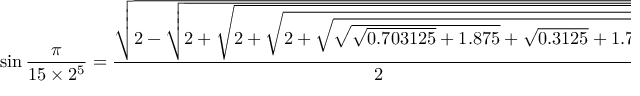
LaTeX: \sin { \frac { \pi } { 1 5 \times 2 ^ { 5 } } } = { \frac { \sqrt { 2 - { \sqrt { 2 + { \sqrt { 2 + { \sqrt { 2 + { \sqrt { { \sqrt { { \sqrt { 0 . 7 0 3 1 2 5 } } + 1 . 8 7 5 } } + { \sqrt { 0 . 3 1 2 5 } } + 1 . 7 5 } } } } } } } } } } { 2 } }